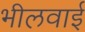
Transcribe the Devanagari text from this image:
भीलवाई